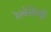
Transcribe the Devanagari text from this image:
रेल्वेसेवाही